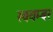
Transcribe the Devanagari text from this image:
स्वयम्बर